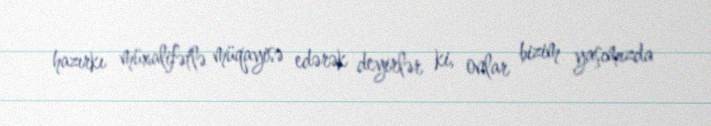
hazırkı müxalifətlə müqayisə edərək deyirlər ki, onlar bizim yaşımızda